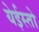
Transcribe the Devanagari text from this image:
येईस्तो